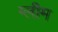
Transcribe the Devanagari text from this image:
ग्लीम